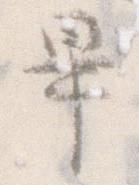
畢